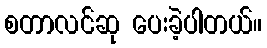
စတာလင်ဆု ပေးခဲ့ပါတယ်။